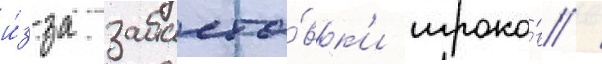
и́з-за забасто́вк'и игроко́в /